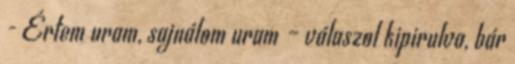
- Értem uram, sajnálom uram – válaszol kipirulva, bár